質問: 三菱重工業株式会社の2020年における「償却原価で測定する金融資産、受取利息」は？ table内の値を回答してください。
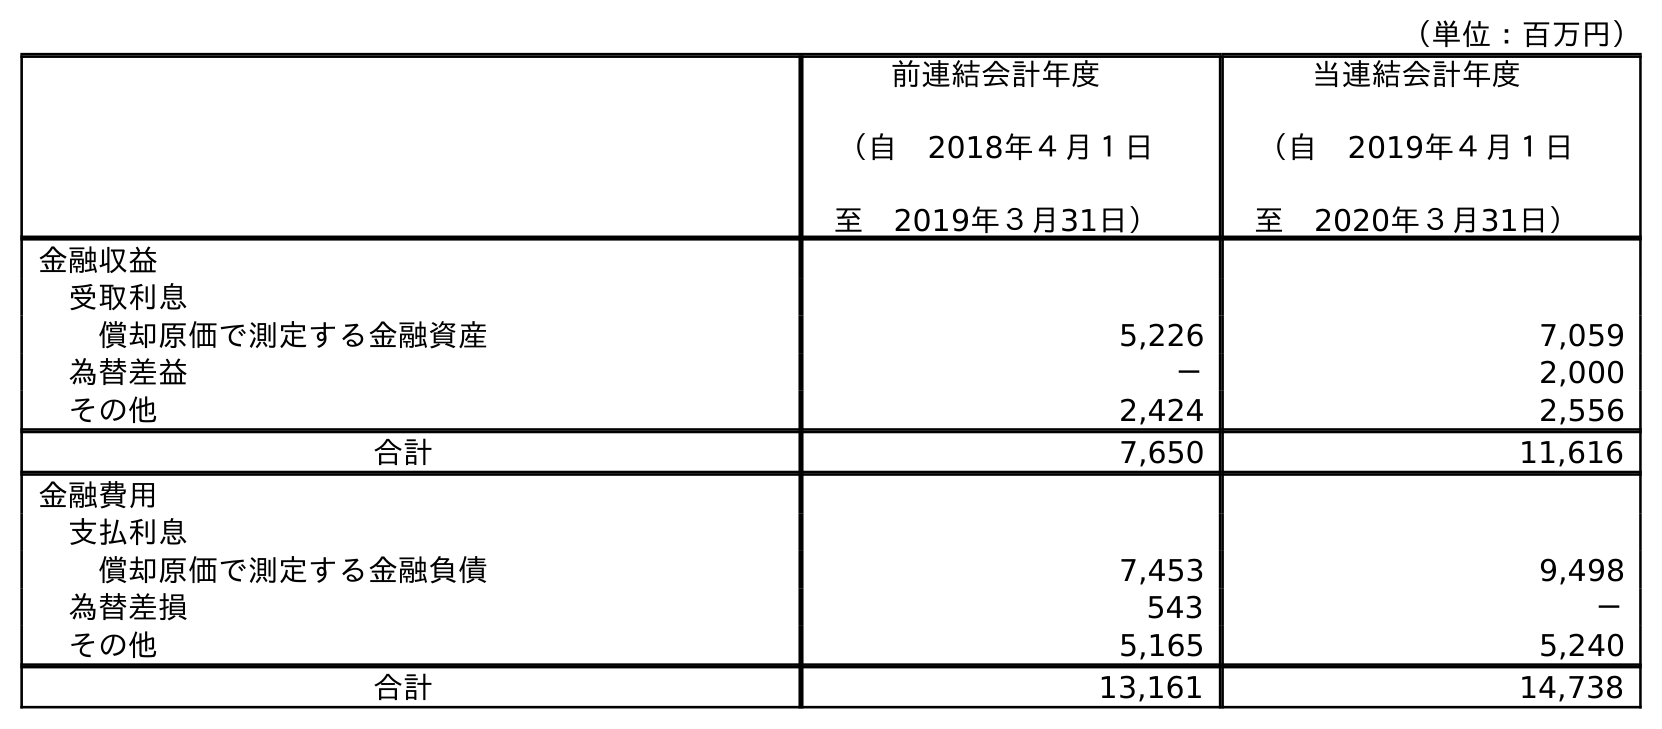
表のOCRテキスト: （単位：百万円） 前連結会計年度 （自 2018年４月１日 至 2019年３月31日） 当連結会計年度 （自 2019年４月１日 至 2020年３月31日） 金融収益 受取利息 償却原価で測定する金融資産 5,226 7,059 為替差益 － 2,000 その他 2,424 2,556 合計 7,650 11,616 金融費用 支払利息 償却原価で測定する金融負債 7,453 9,498 為替差損 543 － その他 5,165 5,240 合計 13,161 14,738
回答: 7,059